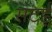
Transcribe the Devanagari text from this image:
सटई